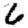
Digit: 6